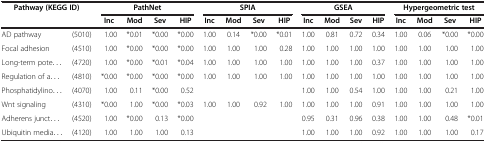
| <ROWSPAN=2-COLSPAN=2> Pathway (KEGG ID) | <COLSPAN=4> PathNet | <COLSPAN=4> SPIA | <COLSPAN=4> GSEA | <COLSPAN=4> Hypergeometric test |
 | Inc | Mod | Sev | HIP | Inc | Mod | Sev | HIP | Inc | Mod | Sev | HIP | Inc | Mod | Sev | HIP |
 | --- | --- | --- | --- | --- | --- | --- | --- | --- | --- | --- | --- | --- | --- | --- | --- | --- | --- |
 | AD pathway | (5010) | 1.00 | *0.01 | *0.00 | *0.00 | 1.00 | 0.14 | *0.00 | *0.01 | 1.00 | 0.81 | 0.72 | 0.34 | 1.00 | 0.06 | *0.00 | *0.00 |
 | Focal adhesion | (4510) | 1.00 | *0.00 | *0.00 | *0.00 | 1.00 | 1.00 | 1.00 | 0.28 | 1.00 | 1.00 | 1.00 | 1.00 | 1.00 | 1.00 | 1.00 | 1.00 |
 | Long-term pote... | (4720) | 1.00 | *0.00 | *0.01 | *0.04 | 1.00 | 1.00 | 1.00 | 1.00 | 1.00 | 1.00 | 1.00 | 0.37 | 1.00 | 1.00 | 1.00 | 1.00 |
 | Regulation of a... | (4810) | *0.00 | *0.00 | *0.00 | *0.00 | 1.00 | 1.00 | 1.00 | 1.00 | 1.00 | 1.00 | 1.00 | 1.00 | 1.00 | 1.00 | 1.00 | 1.00 |
 | Phosphatidylino... | (4070) | 1.00 | 0.11 | *0.00 | 0.52 |  |  |  |  | 1.00 | 1.00 | 0.54 | 1.00 | 1.00 | 1.00 | 0.21 | 1.00 |
 | Wnt signaling | (4310) | *0.00 | 1.00 | *0.00 | *0.03 | 1.00 | 1.00 | 0.92 | 1.00 | 1.00 | 1.00 | 1.00 | 0.91 | 1.00 | 1.00 | 1.00 | 1.00 |
 | Adherens junct... | (4520) | 1.00 | *0.00 | 0.13 | *0.00 |  |  |  |  | 0.95 | 0.31 | 0.96 | 0.38 | 1.00 | 1.00 | 0.48 | *0.01 |
 | Ubiquitin media... | (4120) | 1.00 | 1.00 | 1.00 | 0.13 |  |  |  |  | 1.00 | 1.00 | 1.00 | 0.92 | 1.00 | 1.00 | 1.00 | 0.17 |